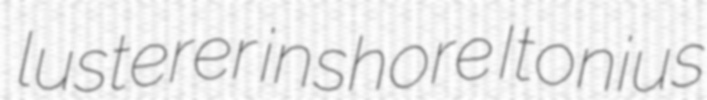
lusterer inshore Itonius